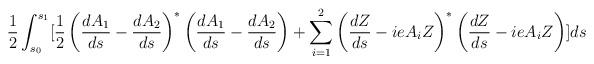
LaTeX: \begin{align*}\frac12\int_{s_0}^{s_1}[\frac12\left(\frac{dA_1}{ds}-\frac{dA_2}{ds}\right)^*\left(\frac{dA_1}{ds}-\frac{dA_2}{ds}\right)+\sum_{i=1}^2\left(\frac{dZ}{ds}-ieA_iZ\right)^*\left(\frac{dZ}{ds}-ieA_iZ\right)]ds\end{align*}